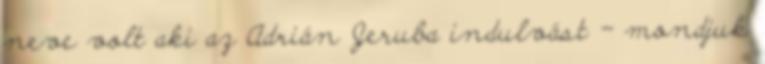
neve volt aki az Adrián Jeruba indulvást - mondjuk